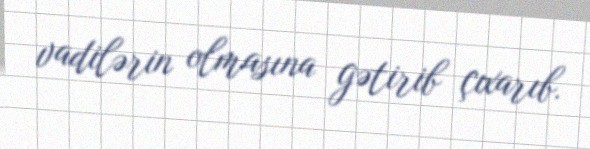
vadilərin olmasına gətirib çıxarıb.